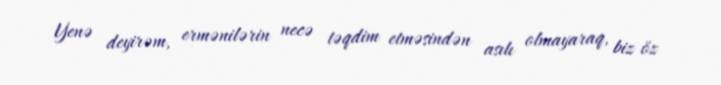
Yenə deyirəm, ermənilərin necə təqdim etməsindən asılı olmayaraq, biz öz